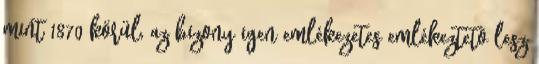
mint 1870 körül, az bizony igen emlékezetes emlékeztetõ lesz